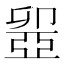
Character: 𠨣